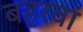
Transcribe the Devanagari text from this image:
बहरवां